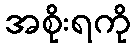
အစိုးရကို